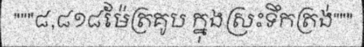
"""៨,៨១៨ម៉ែត្រគូប ក្នុងស្រះទឹកត្រង់"""